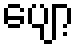
ပျော့